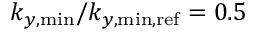
k _ { y , \mathrm { m i n } } / k _ { y , \mathrm { m i n , r e f } } = 0 . 5